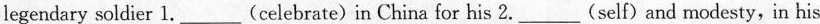
legendary soldier 1.___(celebrate) in China for his 2.___(self)and modesty,in his